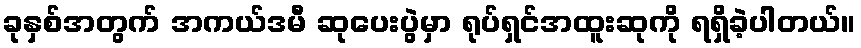
ခုနှစ်အတွက် အကယ်ဒမီ ဆုပေးပွဲမှာ ရုပ်ရှင်အထူးဆုကို ရရှိခဲ့ပါတယ်။